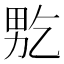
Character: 𤱘